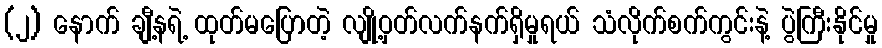
(၂) နောက် ချီ့နရဲ့ ထုတ်မပြောတဲ့ လျို့ဝှတ်လက်နက်ရှိမှုရယ် သံလိုက်စက်ကွင်းနဲ့ ပွဲကြီးနိုင်မှု